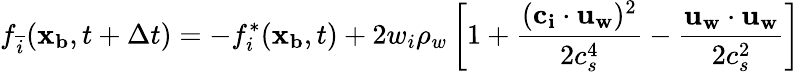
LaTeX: f_{\overline{{i}}}(\mathbf{x_{b}},t+\Delta t)=-f_{i}^{*}(\mathbf{x_{b}},t)+2w_{i}\rho_{w}\left[1+\frac{(\mathbf{c_{i}}\cdot\mathbf{u_{w}})^{2}}{2c_{s}^{4}}-\frac{\mathbf{u_{w}}\cdot\mathbf{u_{w}}}{2c_{s}^{2}}\right]